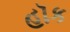
હૉક